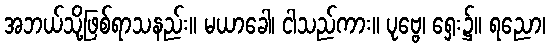
အဘယ်သို့ဖြစ်ရာသနည်း။ မယာခေါ၊ ငါသည်ကား။ ပုဗ္ဗေ၊ ရှေး၌။ ရညော၊